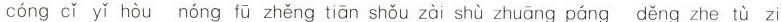
cóng cǐ yǐ hòu nóng fū zhèng tiān shǒu zài shù zhuāng páng děng zhe tù zi